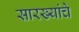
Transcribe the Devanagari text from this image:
सारख्यांचे